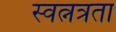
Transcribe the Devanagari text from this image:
स्वत्नत्रता